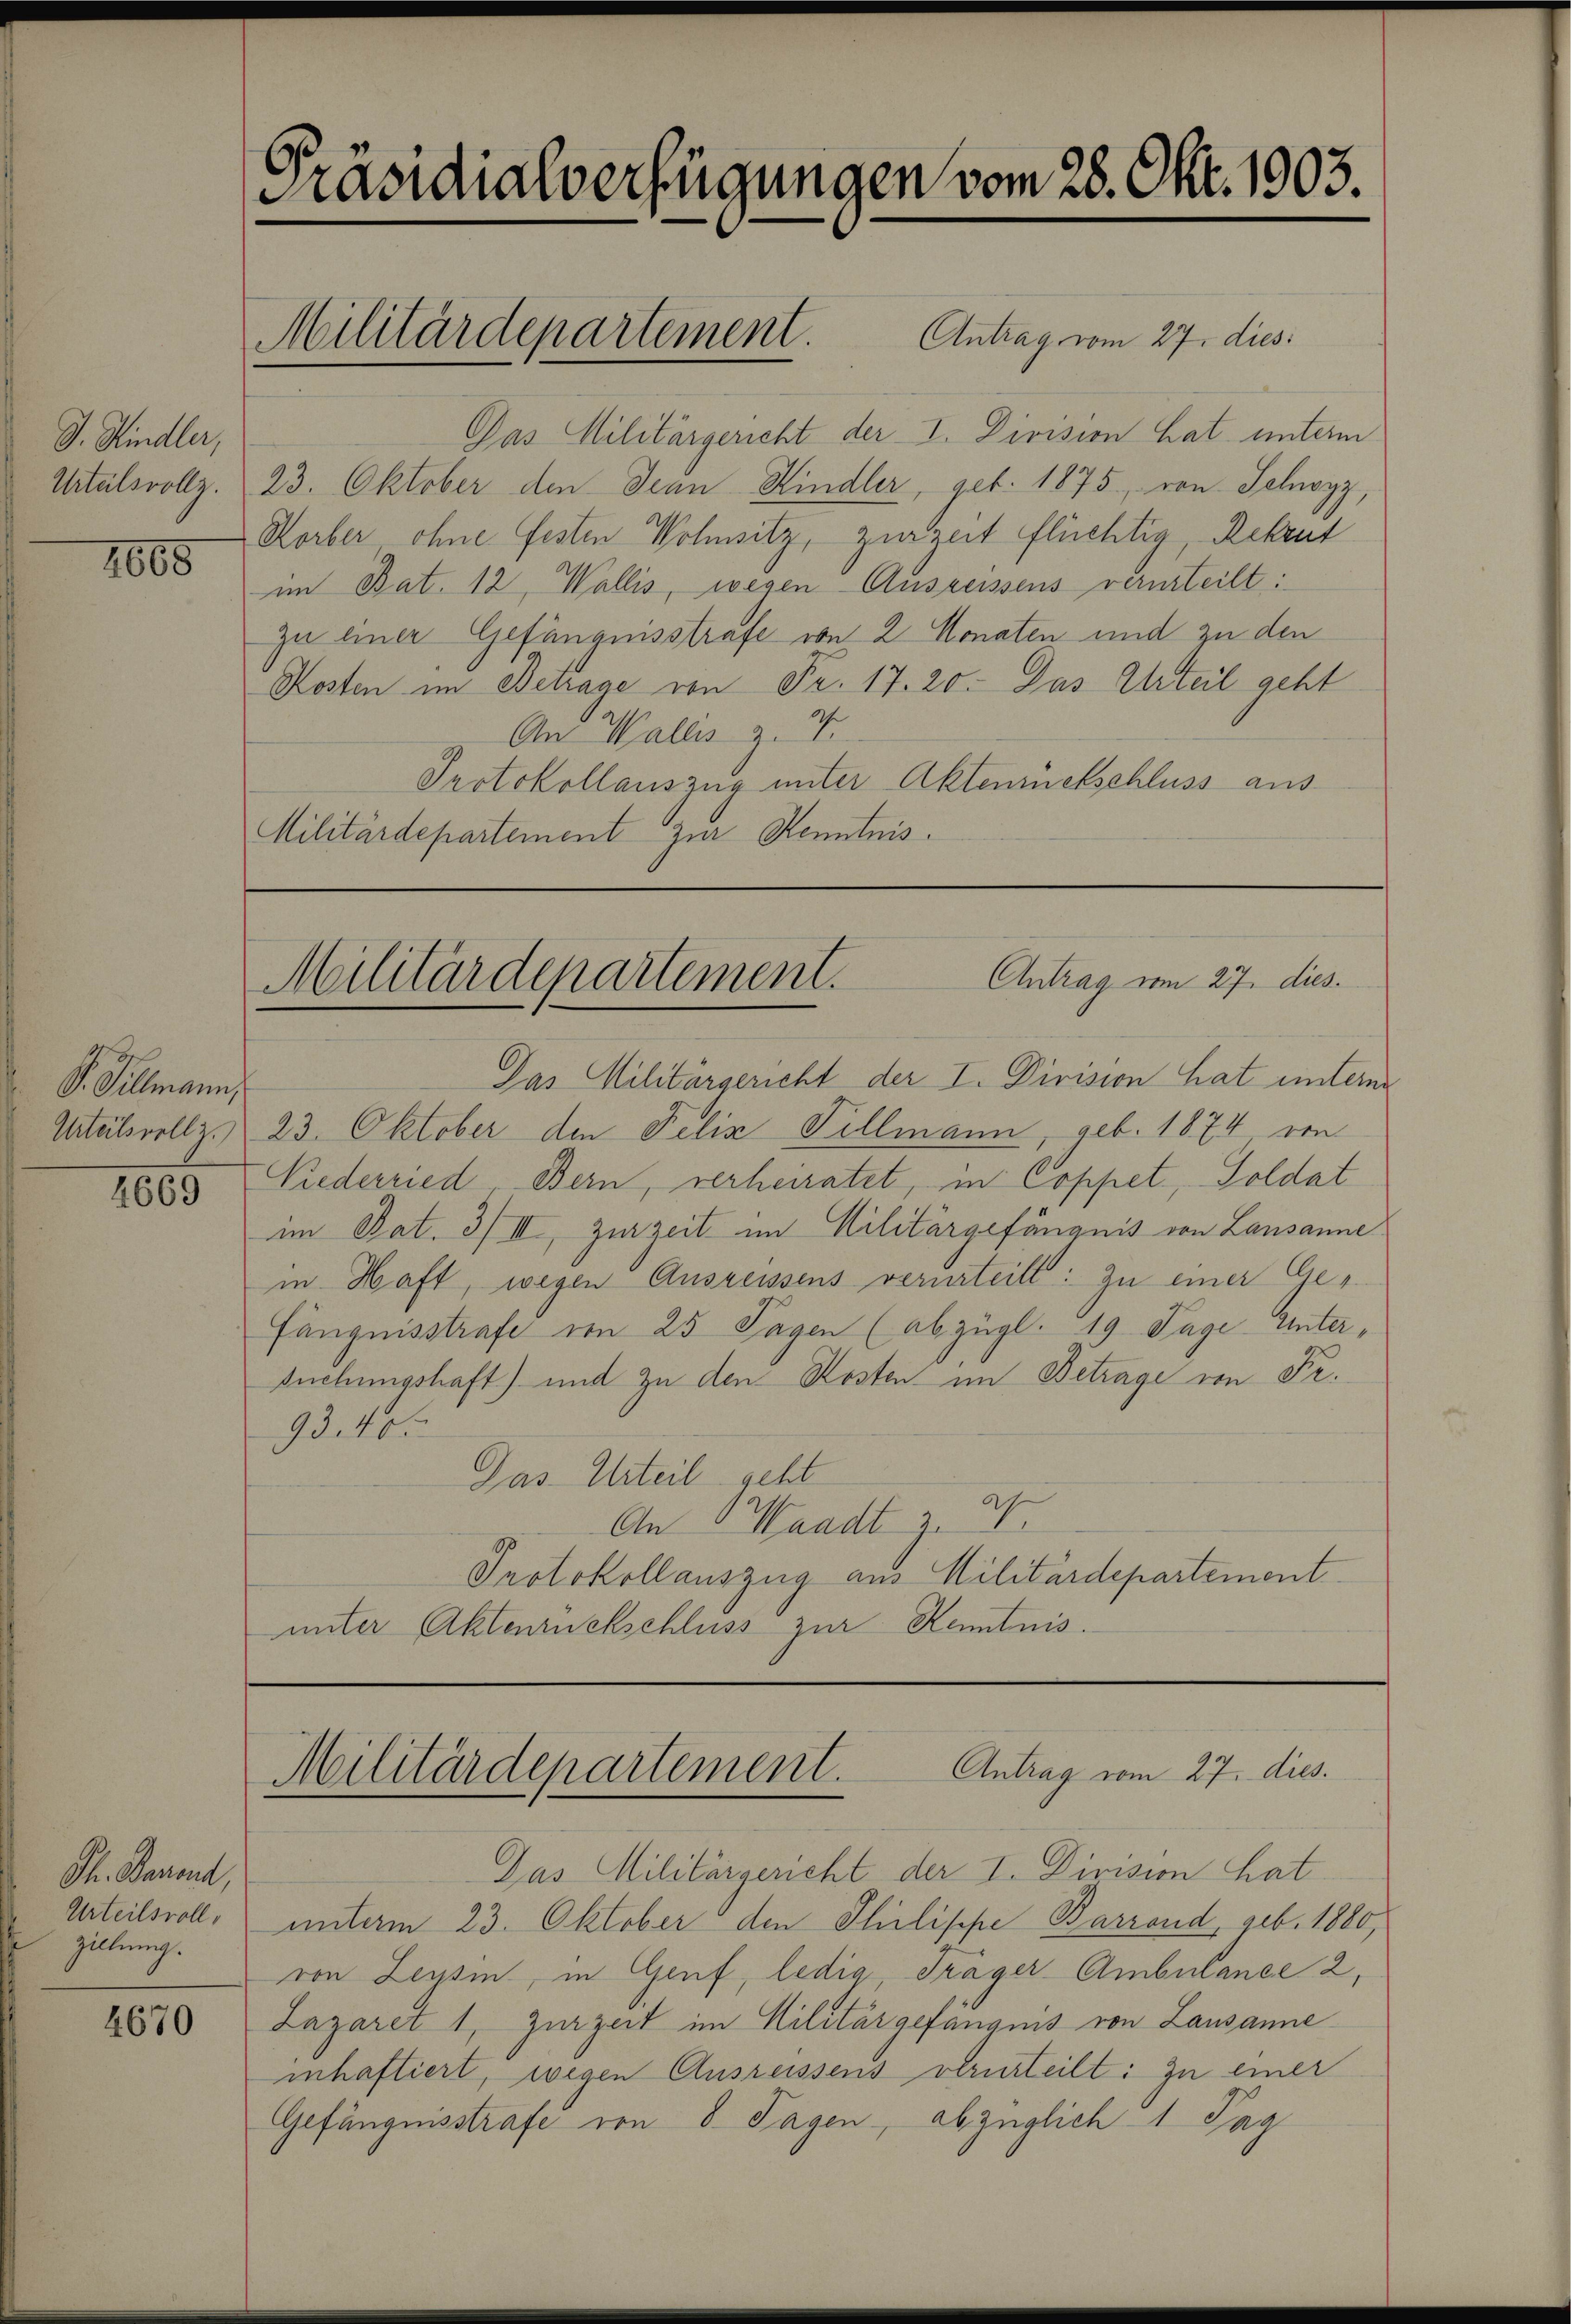
J. Kindler,
Urtalsvollz

1665

S. Tillmann,

4669

Gh. Baront,
Urteilsvoll,
zillung.

4670

Präsidialverfügungen vom 28. Okt. 1903.

Pas Militärgericht der I. Division hat unterm
23. Oktober den Jean Kindler, geb. 1875, von Schwyz,
Korber ohne festen Wohnsitz, zur Zeit flüchtig, Rekrut
im Bat. 12, Wallis, wegen Ausreissens verurteilt:
zu einer Gefängnisstrafe von 2 Monaten und zu den
Kosten im Betrage von Fr. 17. 20. Das Urteil geht
An Wallis z. B.
Protokollauszug unter Aktenrückschluss aus¬
Militärdepartement zur Kenntnis.

Militärdepartement. Antrag vom 27. dies

Antrag vom 27. dies
Militärdepartement.

Das Militärgericht der I. Division hat unterni
Urteilsvollz. 23. Oktober den Felix Tillmann, geb. 1874 von
Niederried Bern, verheiratet, in Coppet, Soldat
im Bat. 3/III, zurzeit im Militärgefängnis von Lausanne
in Haft, wegen Ausreissens verurteilt: zu einer Gefängnisstrafe im 25 Tagen (abzügl. 19 Tage Untersuchungshaft) und zu den Kosten im Betrage von Fr.
93.40
Das Urteil geht
An Waadt z. B.
Protokollauszug aus Militärdepartement
unter Aktenrückschluss zur Kenntnis.

Das Militärgericht der I. Division hat
unterm 23. Oktober den Philippe Barrand, geb. 1880,
von Leusin, in Genf, ledig, Träger Ambulance 2,
Lazaret 1, Zurzeit im Militärgefangnis von Lausanne
inhaftiert, wegen Ausreissens verurteilt: zu einer
Gefängnisstrafe von 8 Tagen, abzüglich 1 Tag

Militärdepartement. Antrag vom 27. dies